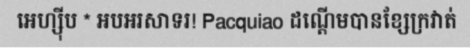
អេហ្ស៊ីប * អបអរសាទរ! Pacquiao ដណ្តើមបានខ្សែក្រវាត់